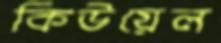
কিউয়েল